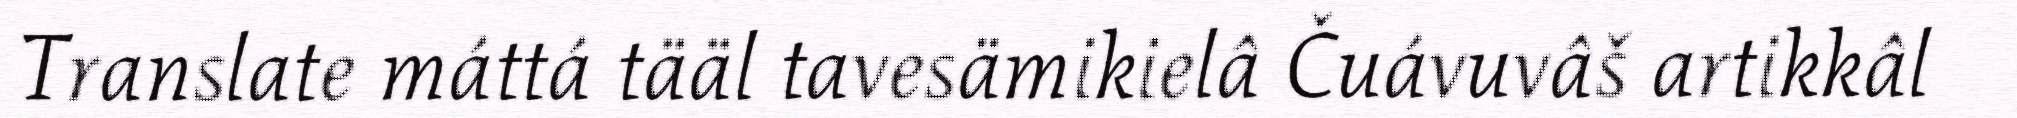
Translate máttá tääl tavesämikielâ Čuávuvâš artikkâl